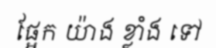
ផ្អែក យ៉ាង ខ្លាំង ទៅ